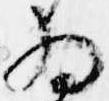
為